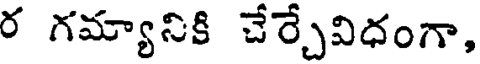
ర గమ్యానికి చేర్చేవిధంగా,